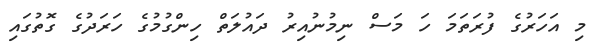
މި އަހަރުގެ ފުރަތަމަ ހަ މަސް ނިމުނުއިރު ދައުލަތް ހިންގުމުގެ ހަރަދުގެ ގޮތުގައި